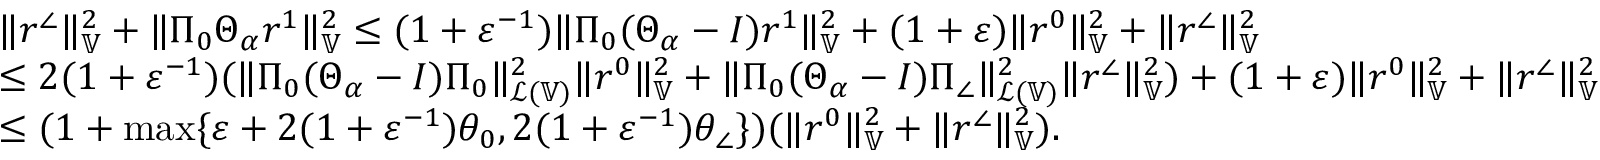
\begin{array} { r l } & { \| r ^ { \angle } \| _ { \mathbb { V } } ^ { 2 } + \| \Pi _ { 0 } \Theta _ { \alpha } r ^ { 1 } \| _ { \mathbb { V } } ^ { 2 } \le ( 1 + \varepsilon ^ { - 1 } ) \| \Pi _ { 0 } ( \Theta _ { \alpha } - I ) r ^ { 1 } \| _ { \mathbb { V } } ^ { 2 } + ( 1 + \varepsilon ) \| r ^ { 0 } \| _ { \mathbb { V } } ^ { 2 } + \| r ^ { \angle } \| _ { \mathbb { V } } ^ { 2 } } \\ & { \le 2 ( 1 + \varepsilon ^ { - 1 } ) ( \| \Pi _ { 0 } ( \Theta _ { \alpha } - I ) \Pi _ { 0 } \| _ { \mathcal { L } ( \mathbb { V } ) } ^ { 2 } \| r ^ { 0 } \| _ { \mathbb { V } } ^ { 2 } + \| \Pi _ { 0 } ( \Theta _ { \alpha } - I ) \Pi _ { \angle } \| _ { \mathcal { L } ( \mathbb { V } ) } ^ { 2 } \| r ^ { \angle } \| _ { \mathbb { V } } ^ { 2 } ) + ( 1 + \varepsilon ) \| r ^ { 0 } \| _ { \mathbb { V } } ^ { 2 } + \| r ^ { \angle } \| _ { \mathbb { V } } ^ { 2 } } \\ & { \le ( 1 + \operatorname* { m a x } \{ \varepsilon + 2 ( 1 + \varepsilon ^ { - 1 } ) \theta _ { 0 } , 2 ( 1 + \varepsilon ^ { - 1 } ) \theta _ { \angle } \} ) ( \| r ^ { 0 } \| _ { \mathbb { V } } ^ { 2 } + \| r ^ { \angle } \| _ { \mathbb { V } } ^ { 2 } ) . } \end{array}